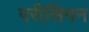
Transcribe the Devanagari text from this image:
परीसिमन